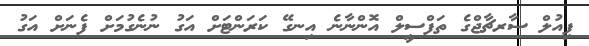
ފިއުލް ސާރޗާޖްގެ ތަފްސީލް އޮންނާނެ އިނގޭ ކަރަންޓަށް އަގު ނުނެގުމަށް ފެނަށް އަގު